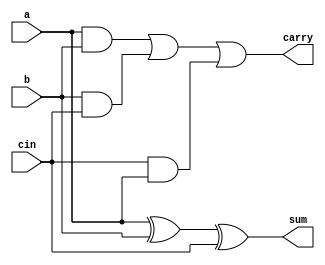
`timescale 1ns / 1ps
//////////////////////////////////////////////////////////////////////////////////
// Company: 
// Engineer: 
// 
// Design Name: 
// Module Name:    fulladder 
// Project Name: 
// Target Devices: 
// Tool versions: 
// Description: 
//
// Dependencies: 
//
// Revision: 
// Revision 0.01 - File Created
// Additional Comments: 
//
//////////////////////////////////////////////////////////////////////////////////
module fulladder(
    input [0:0] a,
    input [0:0] b ,
    input [0:0] cin,
    output [0:0] sum,
    output [0:0] carry
    );

assign sum = (a ^b ^cin);
assign carry = (a&b | b&cin | cin&a) ;

endmodule